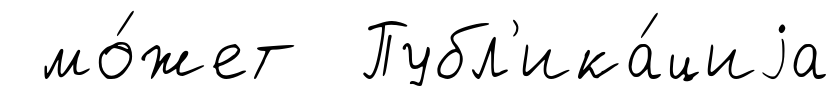
мо́жет Публ'ика́циjа